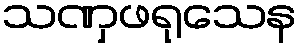
သဏှဖရုသေန